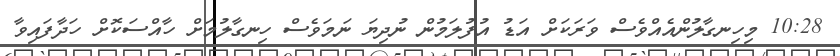
10:28 މިހިނގާލުންއެއްވެސް ވަރަކަށް އަޑު އުފުލަމުން ނުދިޔަ ނަމަވެސް ހިނގާލުމަށް ހާއްސަކޮށް ހަދާފައިވާ